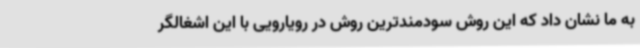
به ما نشان داد که این روش سودمندترین روش در رویارویی با این اشغالگر